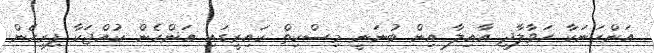
އަންހަނަކާ ހަވާލާދީ އާއިލާ އިން ބުނަނީ މިސްކިތް ކައިރީގައި އަންހެން ކުއްޖަކާ ފިރިހެން